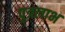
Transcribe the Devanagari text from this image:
पुत्रलाभ